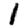
Digit: 1